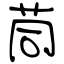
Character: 茼